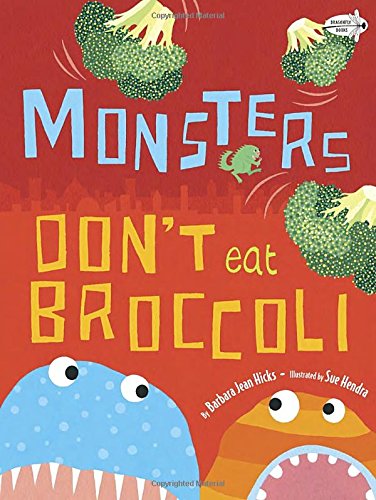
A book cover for Monsters Don't Eat Broccoli; Barbara Jean Hicks; Children's Books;